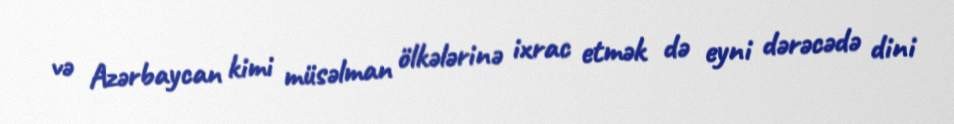
və Azərbaycan kimi müsəlman ölkələrinə ixrac etmək də eyni dərəcədə dini